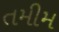
તમીમ